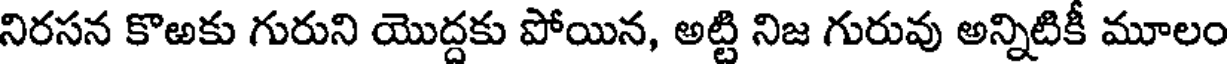
నిరసన కొఱకు గురుని యొద్దకు పోయిన, అట్టి నిజ గురువు అన్నిటికీ మూలం